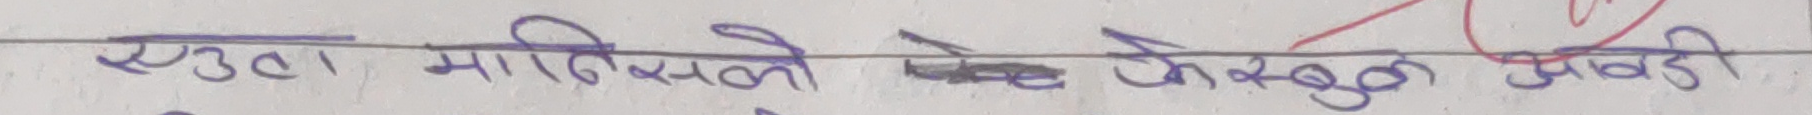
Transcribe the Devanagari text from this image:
एउटा मानिसको फेस्बुक आईडी